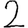
Digit: 2